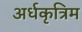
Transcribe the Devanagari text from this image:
अर्धकृत्रिम